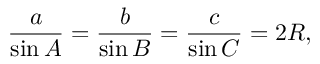
{ \frac { a } { \sin A } } = { \frac { b } { \sin B } } = { \frac { c } { \sin C } } = 2 R ,